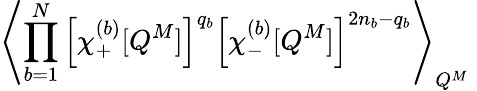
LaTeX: \left\langle\prod_{b=1}^{N}\left[\chi_{+}^{(b)}[Q^{M}]\right]^{q_{b}}\left[\chi_{-}^{(b)}[Q^{M}]\right]^{2n_{b}-q_{b}}\right\rangle_{Q^{M}}\;